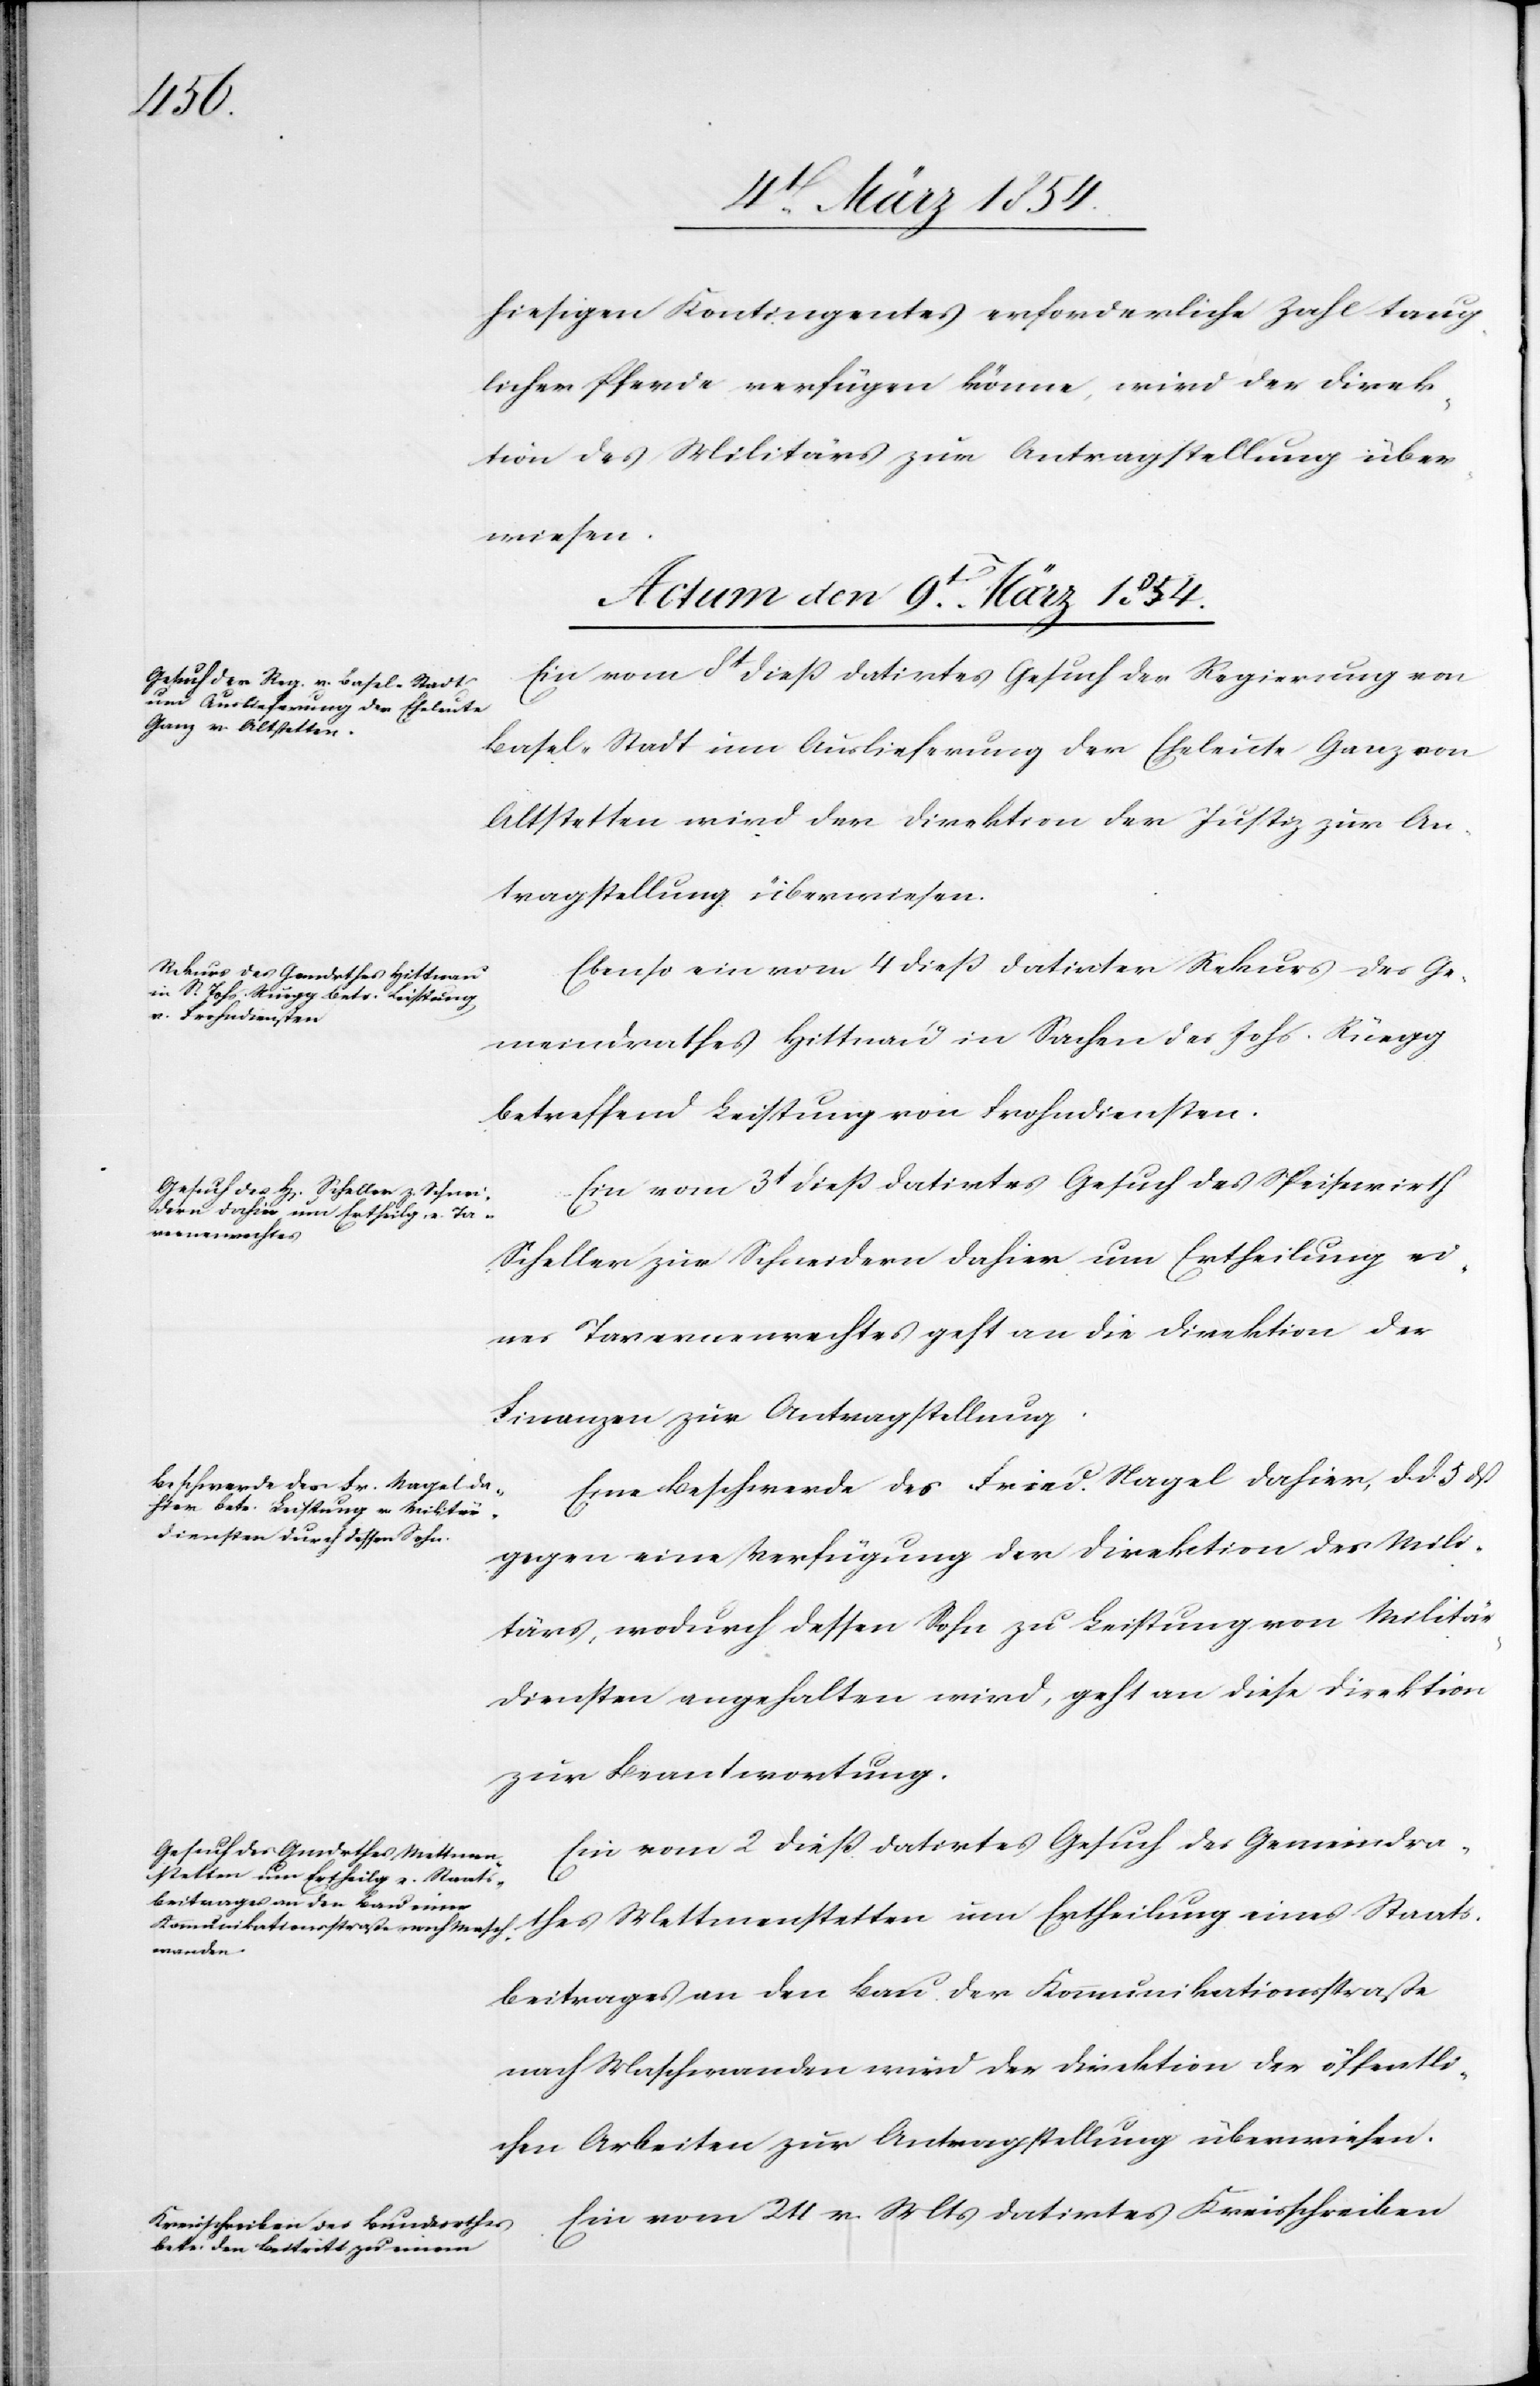
hiesigen Kontingentes erforderliche Zahl taug¬
licher Pferde verfügen könne, wird der Direk¬
tion des Militärs zur Antragstellung über¬
wiesen.
Actum den 9t März 1854.]
Ein vom 8t dieß datirtes Gesuch der Regierung von
Basel-Stadt um Auslieferung der Eheleute Ganz von
Altstetten wird der Direktion der Justiz zur An¬
tragstellung überwiesen.
Ebenso ein vom 4 dieß datirter Rekurs des Ge¬
meindrathes Hittnau in Sachen des Johs. Rüegg
betreffend Leistung von Frohndiensten.
Ein vom 3t dieß datirtes Gesuch des Speisenwirth
Scheller zur Schneidern dahier um Ertheilung ei¬
nes Tavernenrechtes geht an die Direktion der
Finanzen zur Antragstellung.
Eine Beschwerde des Fried. Nagel dahier, d. d. 5 dß
gegen eine Verfügung der Direktion des Mili¬
tärs, wodurch dessen Sohn zu Leistung von Militär¬
diensten angehalten wird, geht an diese Direktion
zur Beantwortung.
Ein vom 2 dieß datirtes Gesuch des Gemeindra¬
thes Mettmenstetten um Ertheilung eines Staats¬
beitrages an den Bau der Kommunikationsstraße
nach Maschwanden wird der Direktion der öffentli¬
chen Arbeiten zur Antragstellung überwiesen.
Ein vom 24 v. Mts datirtes Kreisschreiben